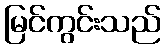
မြင်ကွင်းသည်